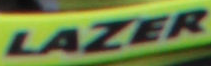
LAZER